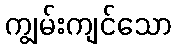
ကျွမ်းကျင်သော